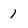
Character: 1